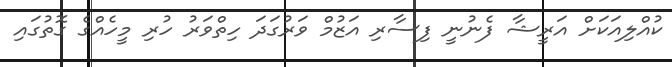
ކުއްލިއަކަށް އަރީޝާ ފެނުނީ ފިސާރި އަޒުމް ވަރުގަދަ ހިތްވަރު ހުރި މީހެއްގެ ގޮތުގައި